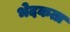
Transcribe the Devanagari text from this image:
भेदकता